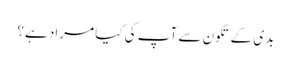
بدی کے تکون سے آپ کی کیا مراد ہے؟